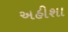
અહીશા